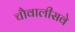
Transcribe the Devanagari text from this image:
चौवालीसवे